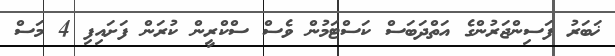
ޚަބަރު ފަސިންޖަރުންގެ އަތްދަބަސް ކަސްޓަމުން ވެސް ސްކްރީން ކުރަން ފަށައިފި 4 މަސް